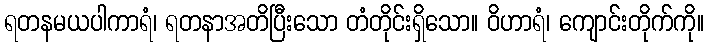
ရတနမယပါကာရံ၊ ရတနာအတိပြီးသော တံတိုင်းရှိသော။ ဝိဟာရံ၊ ကျောင်းတိုက်ကို။